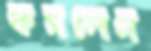
কমলেন